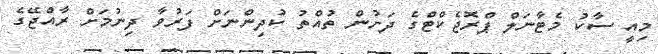
މިއީ ސާކު މެޓާނަލް ޕްރޮޖެކްޓްގެ ދަށުން ތުއްތު ކުދިންނަށް ފަރުވާ ދިނުމަށް ރާއްޖޭގެ